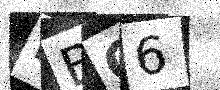
Text: RBQ6